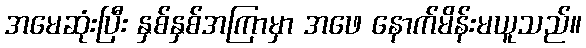
အမေဆုံးပြီး နှစ်နှစ်အကြာမှာ အဖေ နောက်မိန်းမယူသည်။